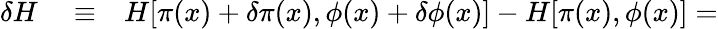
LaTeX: \begin{array}{rlr}{\delta H}&{{}\equiv}&{H[\pi(x)+\delta\pi(x),\phi(x)+\delta\phi(x)]-H[\pi(x),\phi(x)]=}\end{array}